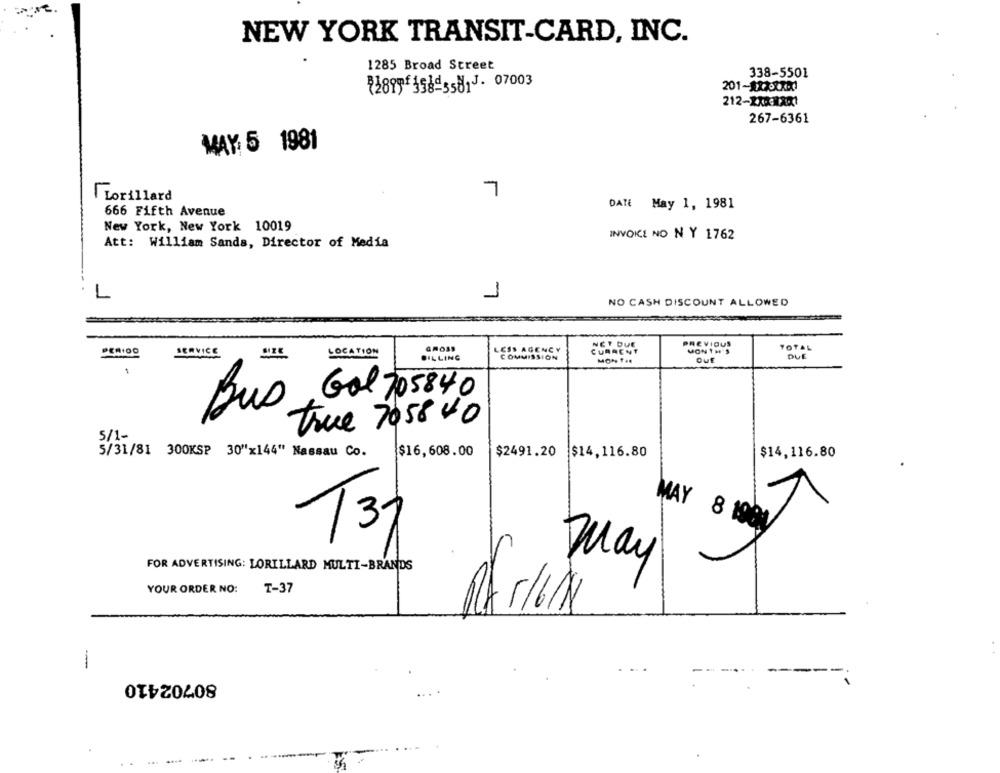
NEW YORK TRANSIT-CARD, INC.
1285 Broad Street
338-5501
212-XXX-1201
267-6361
MAY: 5 1981
7
Lorillard
DATE May 1, 1981
666 Fifth Avenue
New York, New York 10019
INVOICE NO N Y 1762
Att: William Sands, Director of Media
L
1
NO CASH DISCOUNT ALLOWED
GROSS
LESS AGENCY
PREVIOUS
MON 1 H'S
TOTAL
SERVICE
LOCATION
COMMISSION
DUE
BILLING
Ouf
Gol 705840
Bus
true 7058 40
5/1-
5/31/81 300KSP 30"x144" Nassau Co.
$16,608.00
$2491.20
$14,116.80
$14,116.80
1
MAY 8 1909
T37
May
FOR ADVERTISING: LORILLARD MULTI-BRANDS
YOUR ORDER NO:
T-37
80702410
....